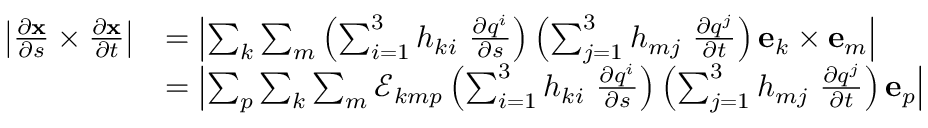
{ \begin{array} { r l } { \left| { \frac { \partial \mathbf { x } } { \partial s } } \times { \frac { \partial \mathbf { x } } { \partial t } } \right| } & { = \left| \sum _ { k } \sum _ { m } \left( \sum _ { i = 1 } ^ { 3 } h _ { k i } ~ { \frac { \partial q ^ { i } } { \partial s } } \right) \left( \sum _ { j = 1 } ^ { 3 } h _ { m j } ~ { \frac { \partial q ^ { j } } { \partial t } } \right) \mathbf { e } _ { k } \times \mathbf { e } _ { m } \right| } \\ & { = \left| \sum _ { p } \sum _ { k } \sum _ { m } { \mathcal { E } } _ { k m p } \left( \sum _ { i = 1 } ^ { 3 } h _ { k i } ~ { \frac { \partial q ^ { i } } { \partial s } } \right) \left( \sum _ { j = 1 } ^ { 3 } h _ { m j } ~ { \frac { \partial q ^ { j } } { \partial t } } \right) \mathbf { e } _ { p } \right| } \end{array} }